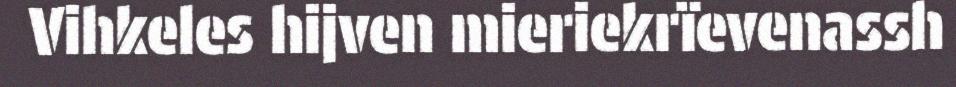
Vihkeles hijven mieriekrïevenassh